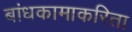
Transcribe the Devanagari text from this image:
बांधकामाकरिता